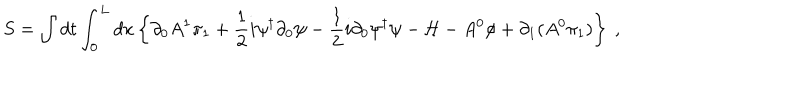
S = \int d t \int _ { 0 } ^ { L } d x \left\{ \partial _ { 0 } A ^ { 1 } \pi _ { 1 } + \frac { 1 } { 2 } i \psi ^ { \dagger } \partial _ { 0 } \psi - \frac { 1 } { 2 } i \partial _ { 0 } \psi ^ { \dagger } \psi - { \cal H } - A ^ { 0 } \phi + \partial _ { 1 } ( A ^ { 0 } \pi _ { 1 } ) \right\} \ ,